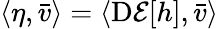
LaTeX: \langle\eta,\bar{v}\rangle=\langle\mathrm{D}\mathcal{E}[h],\bar{v}\rangle